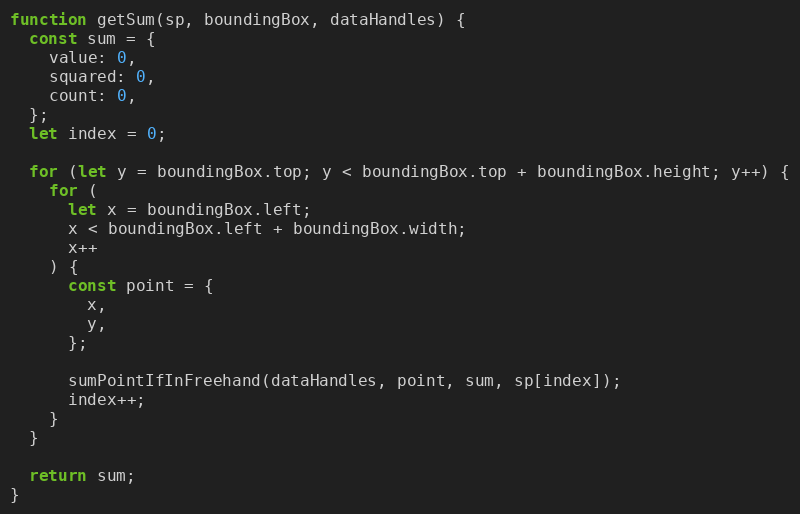
Language: JavaScript
function getSum(sp, boundingBox, dataHandles) {
  const sum = {
    value: 0,
    squared: 0,
    count: 0,
  };
  let index = 0;

  for (let y = boundingBox.top; y < boundingBox.top + boundingBox.height; y++) {
    for (
      let x = boundingBox.left;
      x < boundingBox.left + boundingBox.width;
      x++
    ) {
      const point = {
        x,
        y,
      };

      sumPointIfInFreehand(dataHandles, point, sum, sp[index]);
      index++;
    }
  }

  return sum;
}